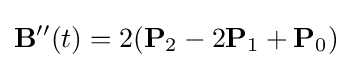
\mathbf {B} ''(t)=2(\mathbf {P} _{2}-2\mathbf {P} _{1}+\mathbf {P} _{0})